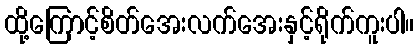
ထို့ကြောင့်စိတ်အေးလက်အေးနှင့်ရိုက်ကူးပါ။